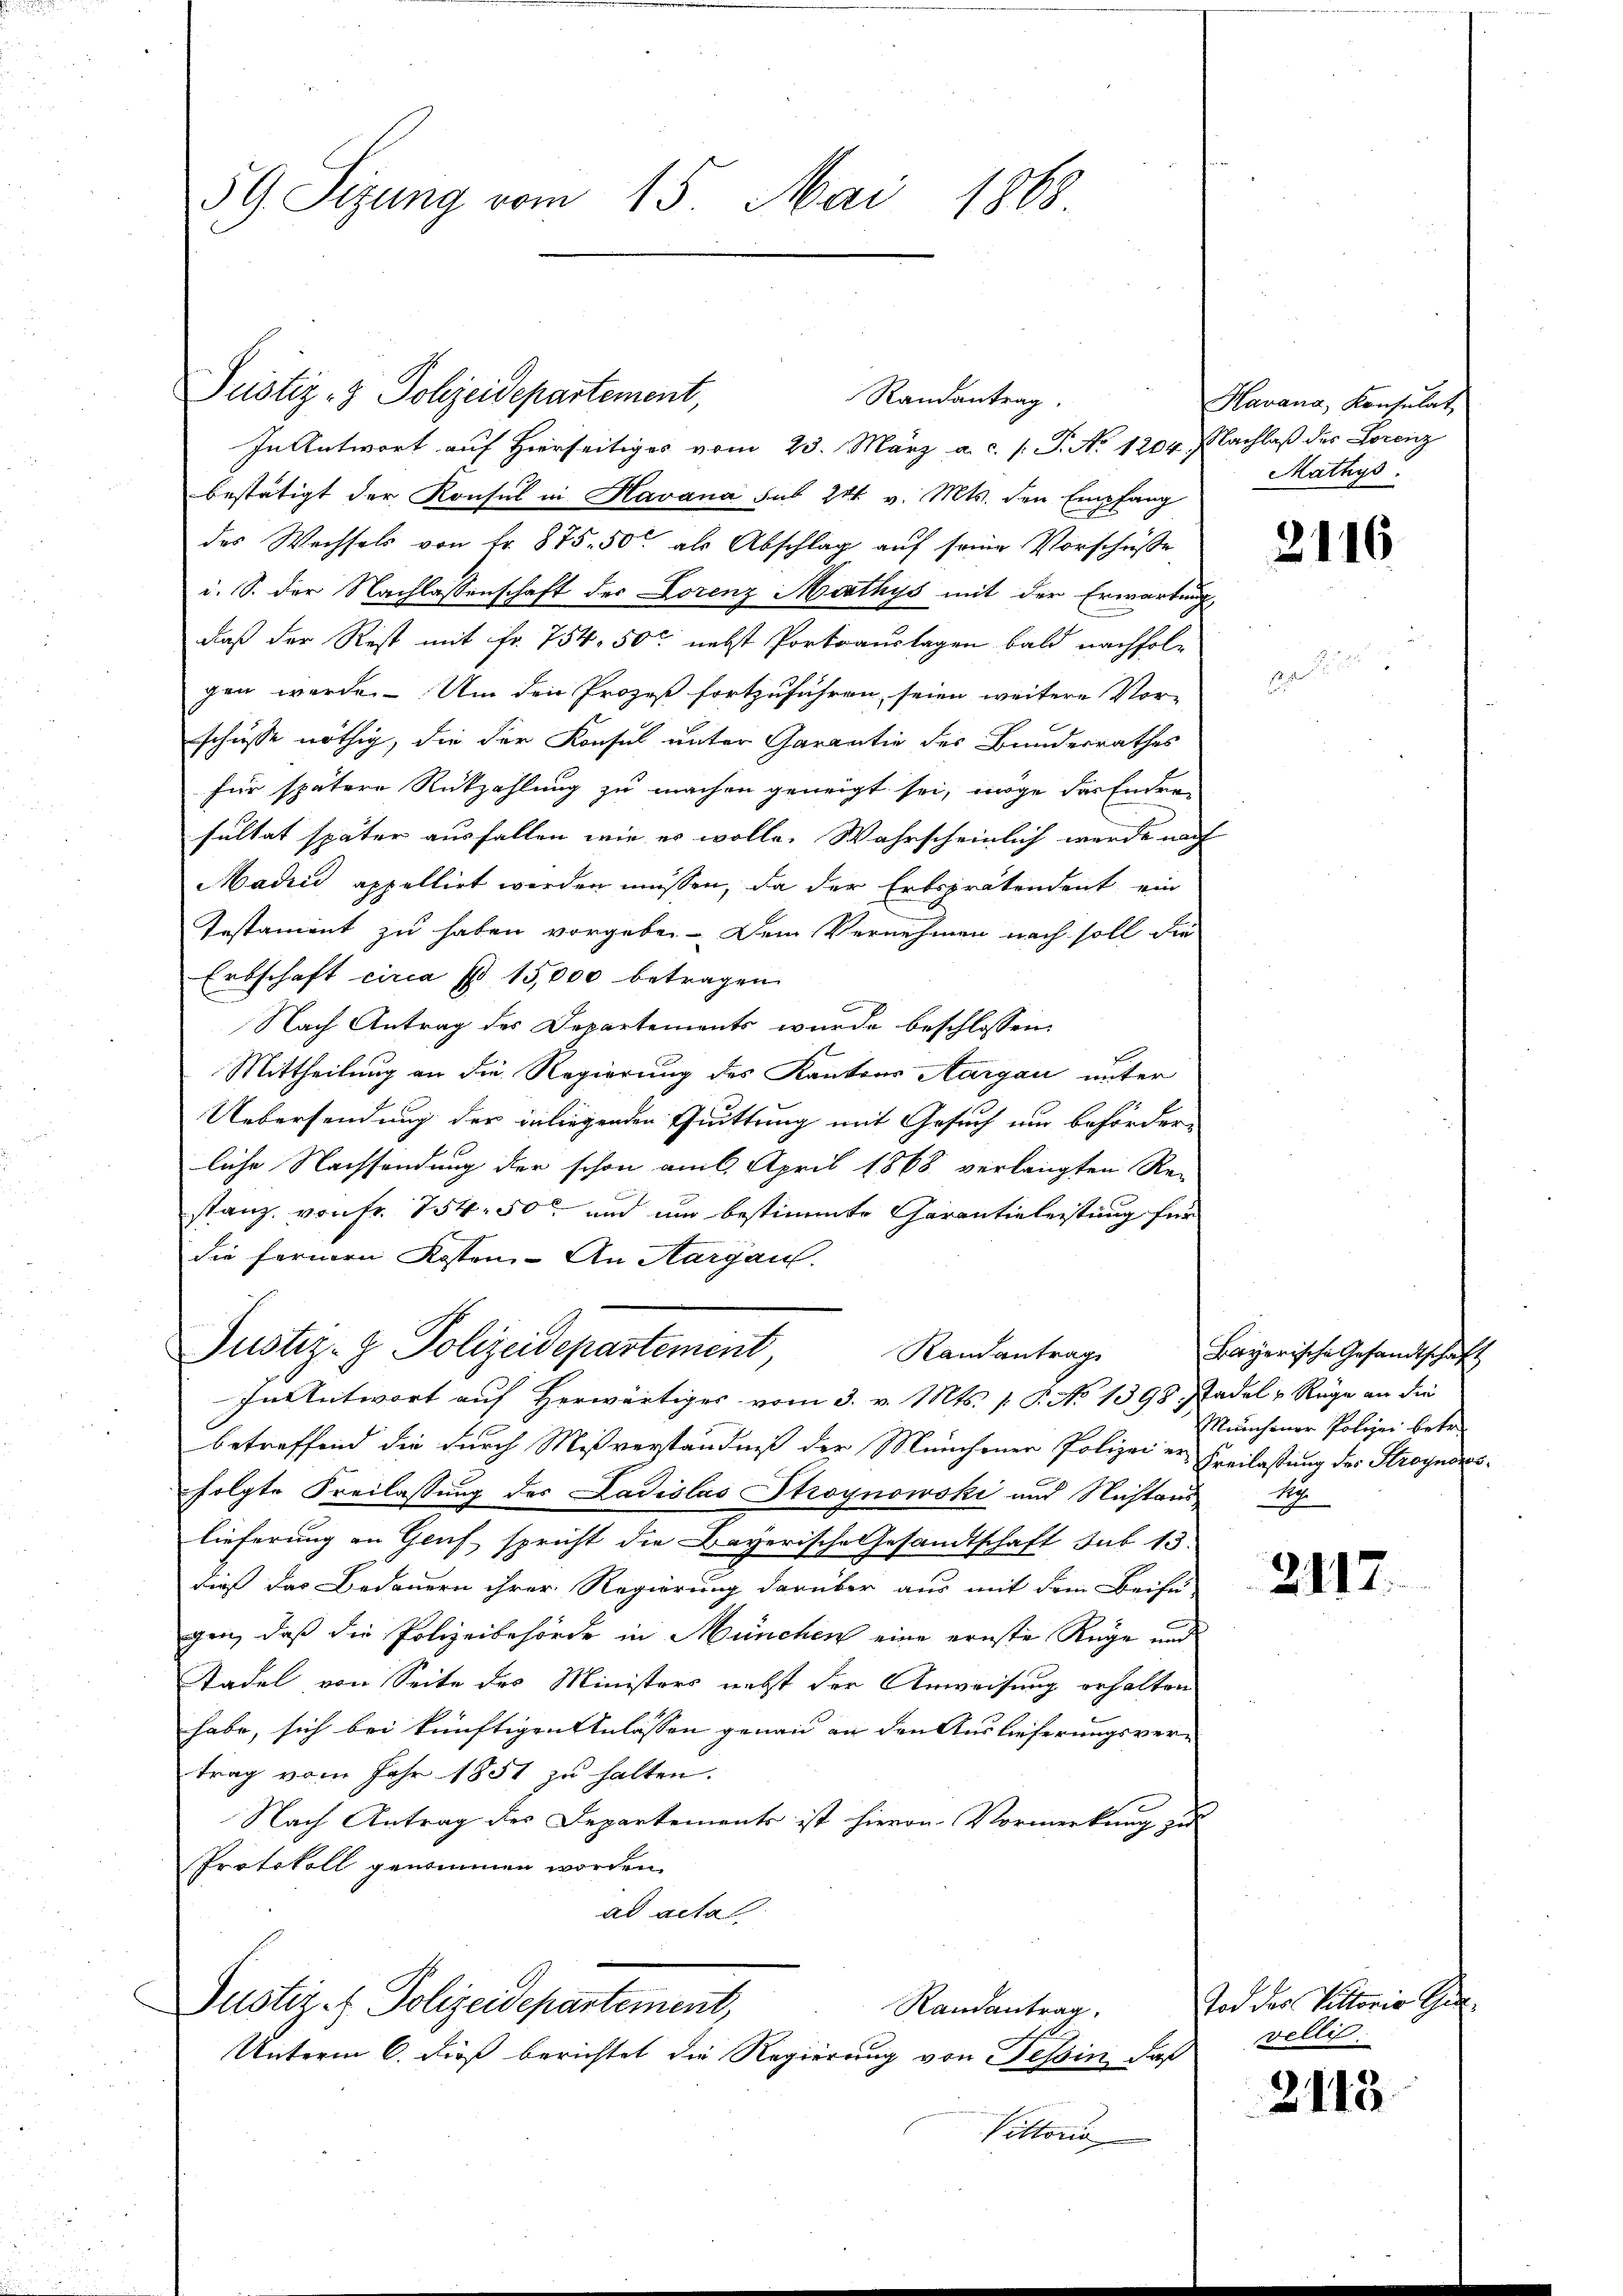
59. Sizung vom 15. Mai 1868

Justiz- & Polizeidepartement,

In Antwort auf Hierseitiges vom 23. März a. c. s. P. No 1204. Nachlaß des Lorenz
bestätigt der Konsul in Havana sub 221. v. Mts. den Empfang
des Wechsels von Fr. 875. 50 als Abschlag auf seine Vorschüsse
i. S. der Nachlassenschaft der Lorenz Mathys mit der Erwartung
daß der Rest mit fr. 754. 50c nebst Portoauslagen bald nachfolgen werde. Um den Prozeß fortzuführen, seien weitere Vor-
schüsse nöthig, die der Konsul unter Garantie des Bundesrathes
für spätere Rückzahlung zu machen geneigt sei, möge der Enden
sultat später ausfallen wie er wolle. Wahrscheinlich werde nach
Madici appellirt werden müssen, da der Erbsprätendent ein
Testament zu haben vorgebe. Dem Vernehmen nach soll die
Erbschaft circa f 15,000 betragen.
Nach Antrag des Departements wurde beschlossen:
Mittheilung an die Regierung des Kantons Aargau unter
Uebersendung der in liegenden Quittung mit Gesuch um beförderliche Nachsendung der schon am 6. April 1868 verlangten Re-
stanz, von fr. 754. 50 und um bestimmte Garantieleistung für
die fernen Rossen- An Aargau.

Randantrag.

Justiz- & Polizeidepartement,
Randantrag
In Antwort auf Herwärtiges vom 3. v. Mts. /: P. No 1398. Stadel v. Rüge an die

betreffend die durch Mißverständniß der Münchener Polizei er Freilastung des Stroyndresfolgte Freilassung des Ladislas Stroynowski und Nichtens
lieferung an Gruf spricht die Bayerische Gesandtschaft sub 13.
dieß das Bedauern ihrer Regierung darüber aus mit dem Beifü-
gen, daß die Polizeibehörde in München eine ernste Rüge und
Stadel von Seite des Ministers nebst der Anweisung erhalten
habe, sich bei künftigen Anlassen genau an den Auslieferungsvertrag vom Jahr 1851 zu halten.
Nach Antrag des Departements ist hievon Vormerkung zu
Protokoll genommen worden.
ad acta
Justiz- & Polizeidepartement,
Randantrag,
Unterm 6. dieß berichtet die Regierung von Tessin, daß
Vittorio

Havana, Konsulat
Mathys.

Bayerische Gesandtschaft
Manchener Polizei betre
1

2116

2117.

Tod der Tittoris The
vellis:

2113